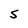
Character: 5